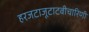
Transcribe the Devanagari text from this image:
हरजटाजूटाटवीचारिणी